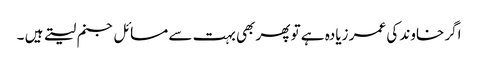
اگر خاوند کی عمر زیادہ ہے تو پھر بھی بہت سے مسائل جنم لیتے ہیں ۔